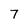
Character: 7